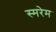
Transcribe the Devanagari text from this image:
स्मरेम